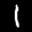
Label: 1